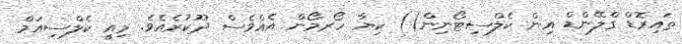
ތައިރޮޑް ގްލޭންޑް އިން ކެލްސިޓޯނިން() ކިޔާ ހޯރމޯން އެއްވެސް ދޫކުރެއެވެ. މިއީ ކެލްސިއަމް